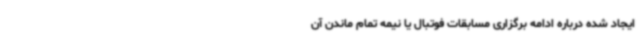
ایجاد شده درباره ادامه برگزاری مسابقات فوتبال یا نیمه تمام ماندن آن